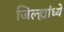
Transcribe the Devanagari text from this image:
जिल्ह्यांध्ये